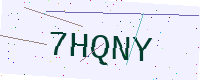
Text: 7HQNY